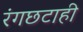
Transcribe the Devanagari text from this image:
रंगछटाही